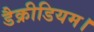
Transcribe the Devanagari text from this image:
डैक्रीडियम।